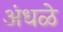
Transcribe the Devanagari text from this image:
अंधळे